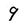
Character: 9